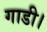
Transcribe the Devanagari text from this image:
गाडी।